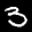
Label: 3